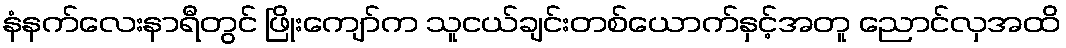
နံနက်လေးနာရီတွင် ဖြိုးကျော်က သူငယ်ချင်းတစ်ယောက်နှင့်အတူ ညောင်လှအထိ